Indian Civil Veterinary Department memoirs
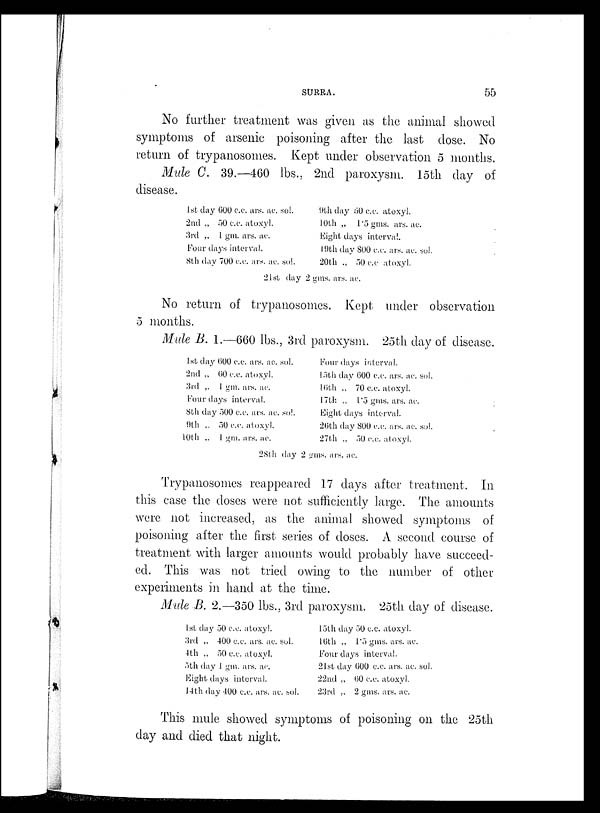
SURRA.
55
No further treatment was given as the animal showed
symptoms of arsenic poisoning after the last dose. No
return of trypanosomes. Kept under observation 5 months.
Mule C. 39.—460 lbs., 2nd paroxysm. 15th day of
disease.
1st day 600 c.c. ars. ac. sol.
2nd „ 50 c.c. atoxyl.
3rd „ 1 gm. ars. ac.
Four days interval.
8th day 700 c.c. ars. ac. sol.
9th day 60 c.c. atoxyl.
10th „ 1.5 gms. ars. ac.
Eight days interval.
19th day 800 c.c. ars. ac. sol.
20th „ 50 c.c atoxyl.
21st day 2 gms. ars. ac.
No return of trypanosomes. Kept under observation
5 months.
Mule B. 1.—660 lbs., 3rd paroxysm. 25th day of disease.
1st day 600 c.c. ars. ac. sol.
2nd „ 60 c.c. atoxyl.
3rd „ 1 gm. ars. ac.
Four days interval.
8th day 500 c.c. ars. ac. sol.
9th „ 50 c.c. atoxyl.
10th „ 1 gm. ars. ac.
Four days interval.
15th day 600 c.c. ars. ac. sol.
Kith „ 70 c.c. atoxyl.
17th „ 1.5 gms. ars. ac.
Eight days interval.
26th day 800 c.c. ars. ac. sol.
27th „ 50 c.c. atoxyl.
28th day 2 gms. ars. ac.
Trypanosomes reappeared 17 days after treatment. In
this case the doses were not sufficiently large. The amounts
were not increased, as the animal showed symptoms of
poisoning after the first series of doses. A second course of
treatment with larger amounts would probably have succeed-
ed. This was not tried owing to the number of other
experiments in hand at the time.
Mule B. 2.—350 lbs., 3rd paroxysm. 25th day of disease.
1st day 50 c.c. atoxyl.
3rd „ 400 c.c. ars. ac. sol.
4th „ 50 c.c. atoxyl.
5th day 1 gm. ars. ac.
Eight days interval.
14th day 400 c.c. ars. ac. sol.
15th day 50 c.c. atoxyl.
16th „ 1.5 gms. ars. ac.
Four days interval.
21st day 600 c.c. ars. ac. sol.
22nd „ 60 c.c. atoxyl.
23rd „ 2 gms. ars. ac.
This mule showed symptoms of poisoning on the 25th
day and died that night.